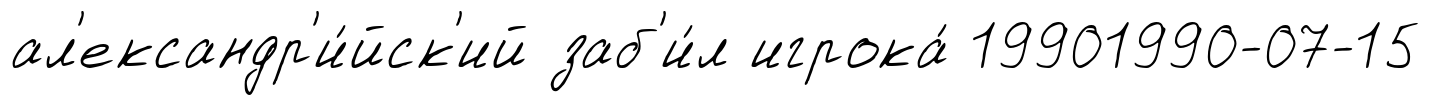
ал'ександр'и́йск'ий заб'и́л игрока́ 19901990-07-15